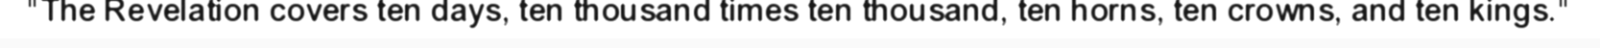
"The Revelation covers ten days, ten thousand times ten thousand, ten horns, ten crowns, and ten kings."